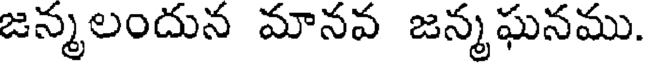
జన్మలందున మానవ జన్మఘనము.